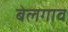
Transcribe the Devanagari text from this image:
बेलगाव